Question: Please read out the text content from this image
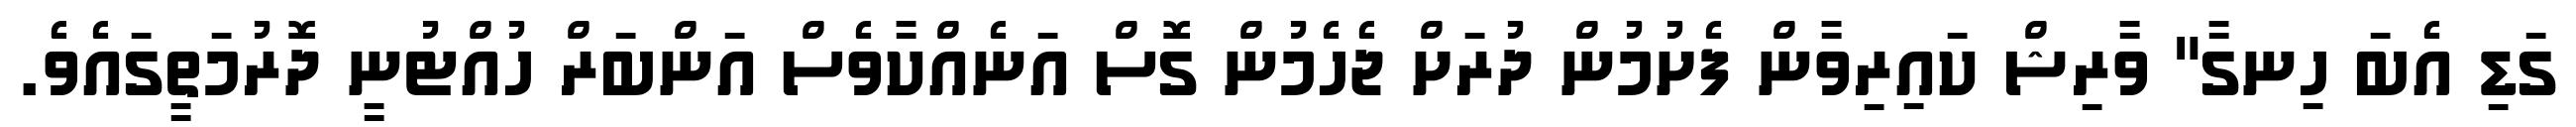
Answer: ގަޑި އެބަ ހިނގާ" ވާރިޝް ކައިރިވާން ފެށުމުން ދުރަށް ޖެހެމުން ގޮސް އަނެއްކާވެސް އަންބަރް ހުއްޓުނީ ދޮރުމަތީގައެވެ.